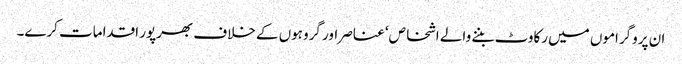
ان پروگراموں میں رکاوٹ بننے والے اشخاص‘ عناصر اور گروہوں کے خلاف بھرپور اقدامات کرے۔